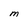
Character: M